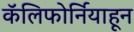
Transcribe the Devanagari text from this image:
कॅलिफोर्नियाहून